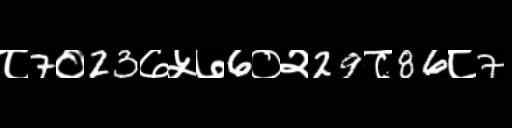
Text: ८7०23७५७6०२29८86८7